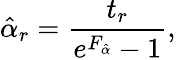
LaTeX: \hat{\alpha}_{r}=\frac{t_{r}}{e^{F_{\hat{\alpha}}}-1},